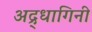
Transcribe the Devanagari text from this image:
अद्र्धागिनी